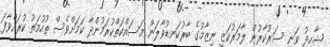
ޝާހިދު ވަނީ ސަރުކާރުން ލާމަރުކަޒީ ނިޒާމުގެ ބާރުކަނޑުވާލަން މަސައްކަތްކުރަމުންދާ ކަމަށްވެސް ތުހުމަތު ކުރައްވާފަ